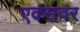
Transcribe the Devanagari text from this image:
एक्सवर